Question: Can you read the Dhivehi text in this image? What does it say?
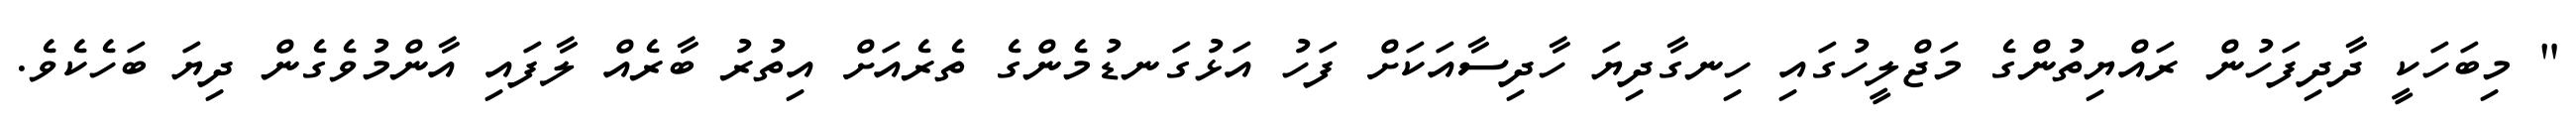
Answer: " މިބަހަކީ ދާދިފަހުން ރައްޔިތުންގެ މަޖްލީހުގައި ހިނގާދިޔަ ހާދިސާއަކަށް ފަހު އަޅުގަނޑުމެންގެ ތެރެއަށް އިތުރު ބާރެއް ލާފައި އާންމުވެގެން ދިޔަ ބަހެކެވެ.